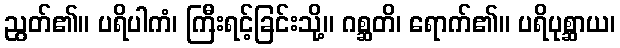
ညွတ်၏။ ပရိပါကံ၊ ကြီးရင့်ခြင်းသို့။ ဂစ္ဆတိ၊ ရောက်၏။ ပရိပုစ္ဆာယ၊